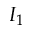
I _ { 1 }